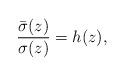
LaTeX: \begin{align*} \frac{\bar{\sigma}(z)}{\sigma(z)} = h(z), \end{align*}